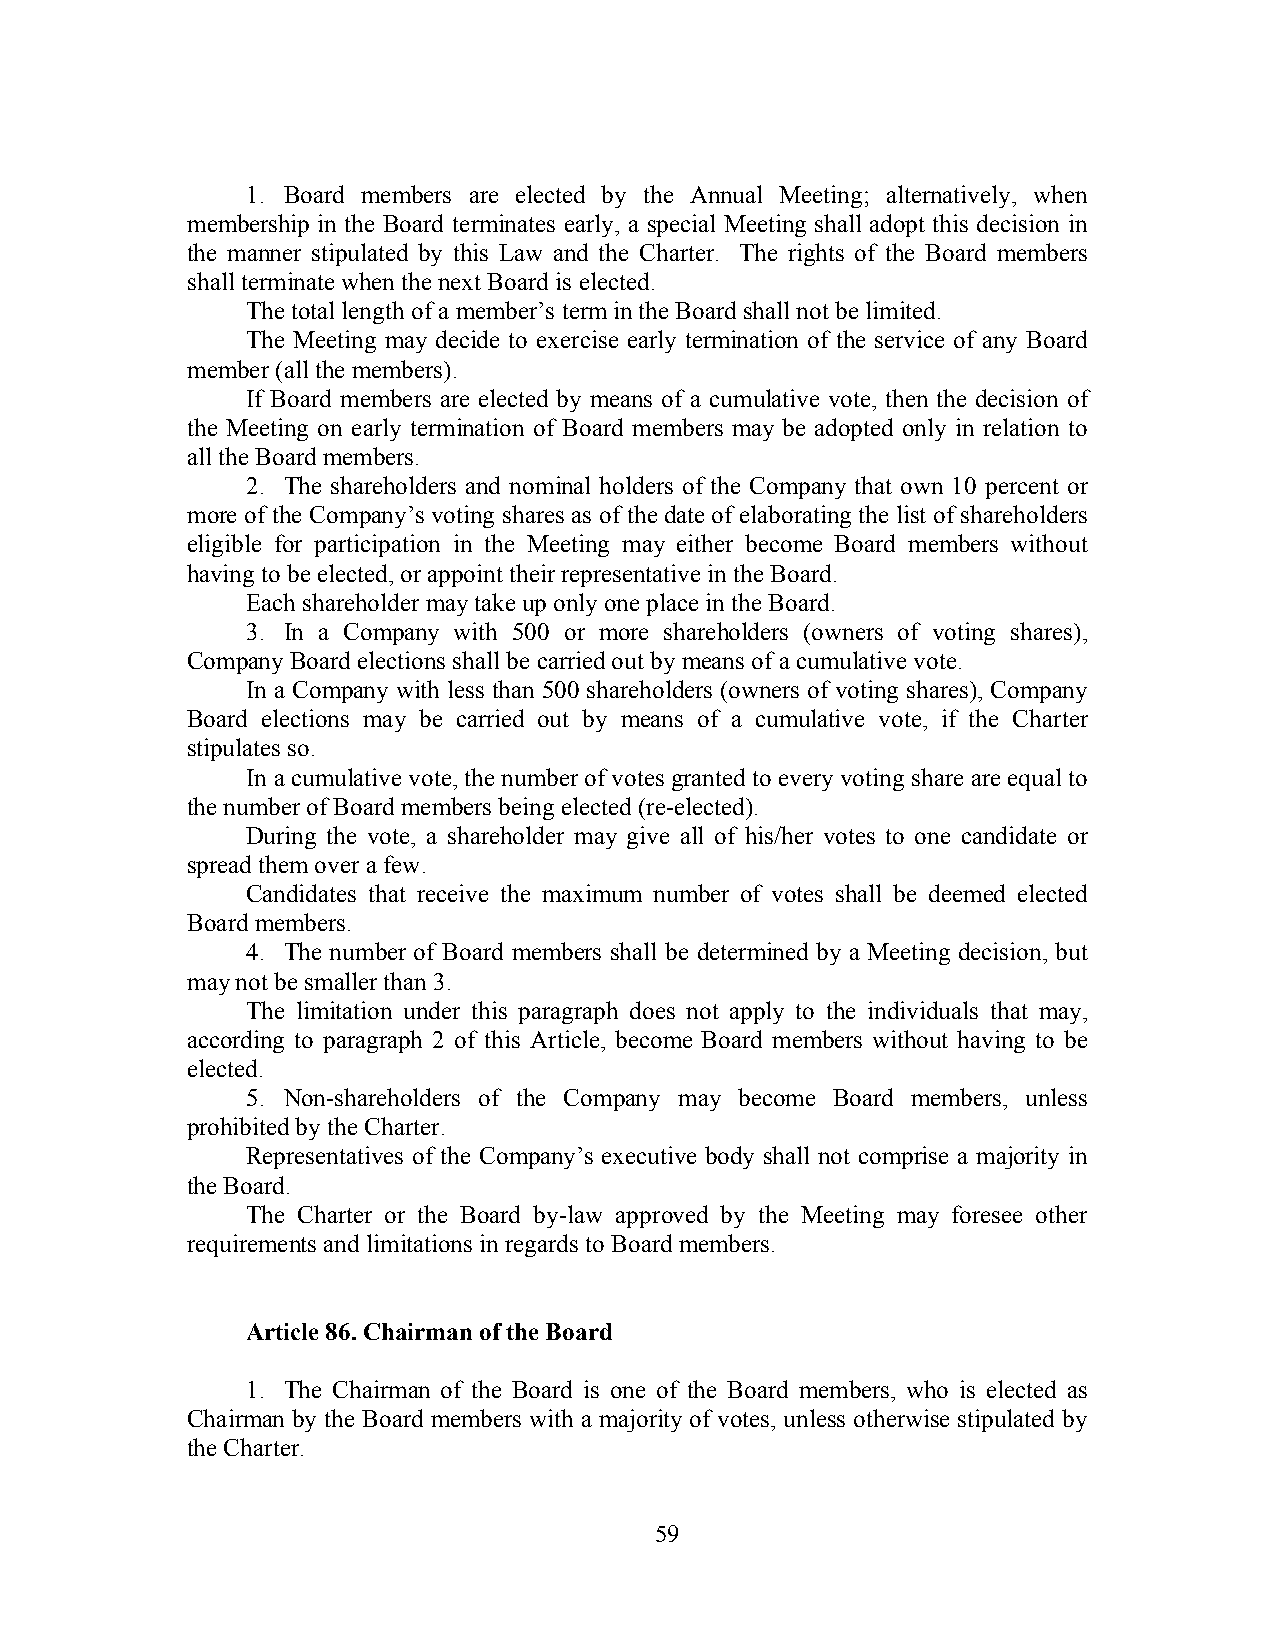
1. Board members are elected by the Annual Meeting; alternatively, when
 membership in the Board terminates early, a special Meeting shall adopt this decision in
 the manner stipulated by this Law and the Charter. The rights of the Board members
 shall terminate when the next Board is elected.
 The total length of a member’s term in the Board shall not be limited.
 The Meeting may decide to exercise early termination of the service of any Board
 member (all the members).
 If Board members are elected by means of a cumulative vote, then the decision of
 the Meeting on early termination of Board members may be adopted only in relation to
 all the Board members.
 2. The shareholders and nominal holders of the Company that own 10 percent or
 more of the Company’s voting shares as of the date of elaborating the list of shareholders
 eligible for participation in the Meeting may either become Board members without
 having to be elected, or appoint their representative in the Board.
 Each shareholder may take up only one place in the Board.
 3. In a Company with 500 or more shareholders (owners of voting shares),
 Company Board elections shall be carried out by means of a cumulative vote.
 In a Company with less than 500 shareholders (owners of voting shares), Company
 Board elections may be carried out by means of a cumulative vote, if the Charter
 stipulates so.
 In a cumulative vote, the number of votes granted to every voting share are equal to
 the number of Board members being elected (re-elected).
 During the vote, a shareholder may give all of his/her votes to one candidate or
 spread them over a few.
 Candidates that receive the maximum number of votes shall be deemed elected
 Board members.
 4. The number of Board members shall be determined by a Meeting decision, but
 may not be smaller than 3.
 The limitation under this paragraph does not apply to the individuals that may,
 according to paragraph 2 of this Article, become Board members without having to be
 elected.
 5. Non-shareholders of the Company may become Board members, unless
 prohibited by the Charter.
 Representatives of the Company’s executive body shall not comprise a majority in
 the Board.
 The Charter or the Board by-law approved by the Meeting may foresee other
 requirements and limitations in regards to Board members.
 Article 86. Chairman of the Board
 1. The Chairman of the Board is one of the Board members, who is elected as
 Chairman by the Board members with a majority of votes, unless otherwise stipulated by
 the Charter.
 59